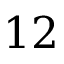
1 2